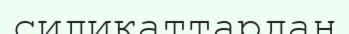
силикаттардан